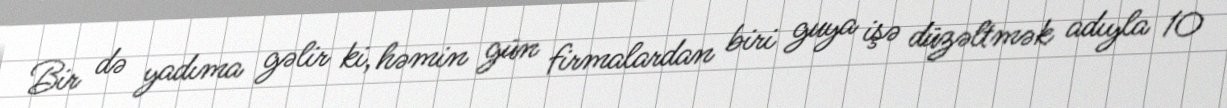
Bir də yadıma gəlir ki, həmin gün firmalardan biri guya işə düzəltmək adıyla 10